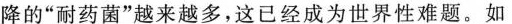
降的”耐药菌”越来越多，这已经成为世界性难题。如